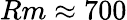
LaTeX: Rm\approx 700